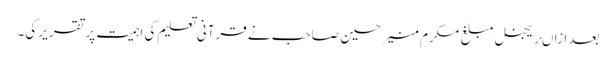
بعد ازاںریجنل مبلغ مکرم منیر حسین صاحب نے قرآنی تعلیم کی اہمیت پر تقریر کی۔